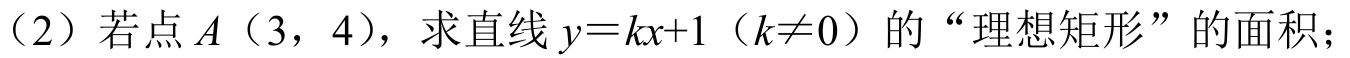
（2）若点\(A\)（3，4），求直线\(y = kx + 1\)（\(k\neq0\)）的“理想矩形”的面积；